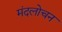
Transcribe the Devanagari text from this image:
मंदलोचन